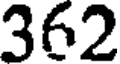
362